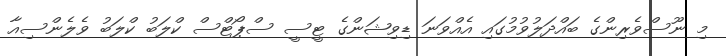
މި ނޫސްވެރިންގެ ބައްދަލުވުމުގައި އެއްވަނަ ޑިވިޝަންގެ ޓީސީ ސްޕޯޓްސް ކްލަބު ކްލަބު ވެލެންސިއާ